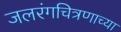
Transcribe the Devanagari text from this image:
जलरंगचित्रणाच्या